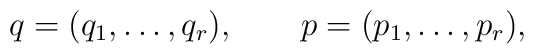
q=(q_{1},\ldots,q_{r}),\qquad p=(p_{1},\ldots,p_{r}).